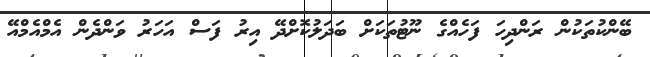
ބޭންކުތަކުން ރަންދިހަ ފަހެއްގެ ނޫޓުތަކަށް ބަދަލުކޮށްދޭ އިރު ފަސް އަހަރު ވަންދެން އެމްއެމްއޭ